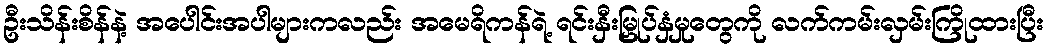
ဦးသိန်းစိန်နဲ့ အပေါင်းအပါများကလည်း အမေရိကန်ရဲ့ ရင်းနှီးမြှုပ်နှံမှုတွေကို လက်ကမ်းလှမ်းကြိုထားပြီး